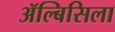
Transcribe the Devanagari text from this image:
ॲल्बिसिला